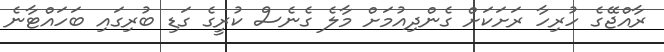
ރާއްޖޭގެ ހުރިހާ ރަށަކަށް ގެންދިއުމަށް މާލެ ގެނެސް ކުރީގެ ގަޑި ބުރިގައި ބަހައްޓާނެ